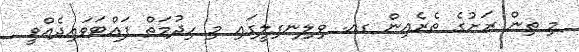
މި ތިން ރަށުގެ ތެރެއިން ގއ. ވިލިނގިލީގައި މި ހިދުމަތް ފައްޓަވައިދެއްވީ